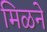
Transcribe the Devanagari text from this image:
मिळने